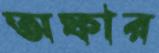
অফার